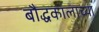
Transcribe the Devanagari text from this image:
बौद्धकालाच्या